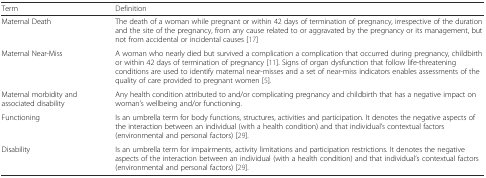
<table><thead><tr><td><b>Term</b></td><td><b>Definition</b></td></tr></thead><tbody><tr><td>Maternal Death</td><td>The death of a woman while pregnant or within 42 days of termination of pregnancy, irrespective of the duration and the site of the pregnancy, from any cause related to or aggravated by the pregnancy or its management, but not from accidental or incidental causes [17]</td></tr><tr><td>Maternal Near-Miss</td><td>A woman who nearly died but survived a complication a complication that occurred during pregnancy, childbirth or within 42 days of termination of pregnancy [11]. Signs of organ dysfunction that follow life-threatening conditions are used to identify maternal near-misses and a set of near-miss indicators enables assessments of the quality of care provided to pregnant women [5].</td></tr><tr><td>Maternal morbidity and associated disability</td><td>Any health condition attributed to and/or complicating pregnancy and childbirth that has a negative impact on woman’s wellbeing and/or functioning.</td></tr><tr><td>Functioning</td><td>Is an umbrella term for body functions, structures, activities and participation. It denotes the negative aspects of the interaction between an individual (with a health condition) and that individual’s contextual factors (environmental and personal factors) [29].</td></tr><tr><td>Disability</td><td>Is an umbrella term for impairments, activity limitations and participation restrictions. It denotes the negative aspects of the interaction between an individual (with a health condition) and that individual’s contextual factors (environmental and personal factors) [29].</td></tr></tbody></table>